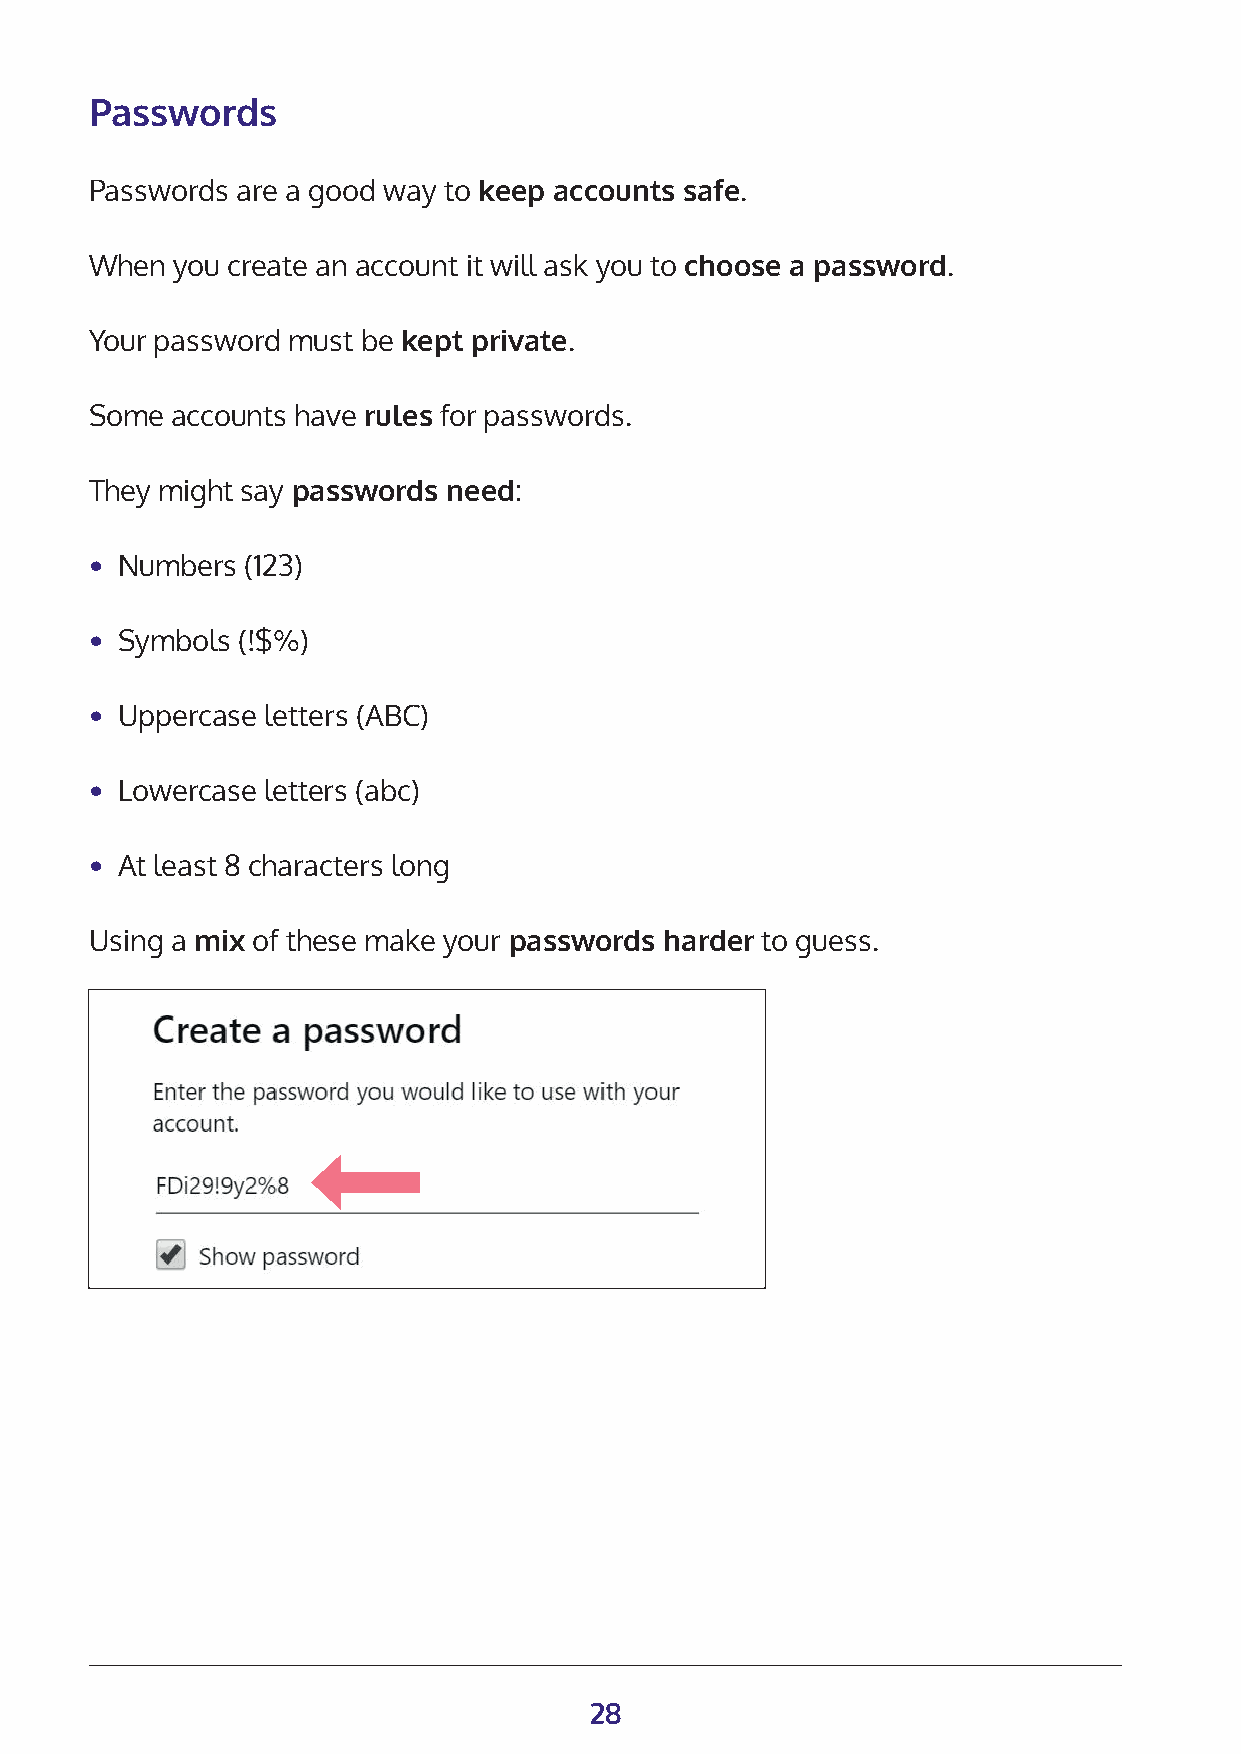
Passwords
 Passwords are a good way to keep accounts safe.
 When you create an account it will ask you to choose a password.
 Your password must be kept private.
 Some accounts have rules for passwords.
 They might say passwords need:
 • Numbers (123)
 • Symbols (!$%)
 • Uppercase letters (ABC)
 • Lowercase letters (abc)
 • At least 8 characters long
 Using a mix of these make your passwords harder to guess.
 28